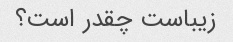
زیباست چقدر است؟